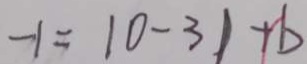
- 1 = \vert 0 - 3 \vert + b